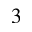
^ 3